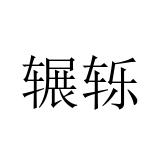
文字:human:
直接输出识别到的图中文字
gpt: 辗轹